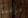
موقعه